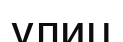
улиц